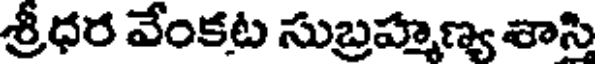
శ్రీధర వేంకట సుబ్రహ్మణ్య శాస్తి